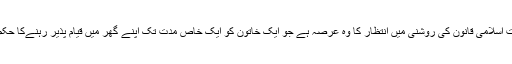
نوٹ: عدت اسلامی قانون کی روشنی میں انتظار کا وہ عرصہ ہے جو ایک خاتون کو ایک خاص مدت تک اپنے گھر میں قیام پذیر رہنےکا حکم دیتا ہے۔